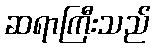
ဆရာကြီးသည်